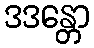
ဒဒန္တော